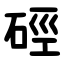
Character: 硜